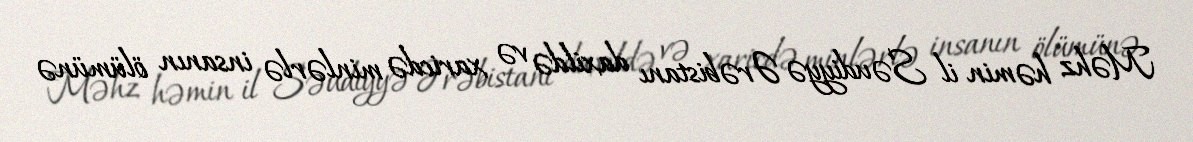
Məhz həmin il Səudiyyə Ərəbistanı daxildə və xaricdə minlərlə insanın ölümünə